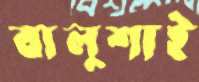
বালুশাই